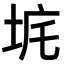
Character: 𡊾